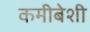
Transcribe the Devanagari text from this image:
कमीबेशी